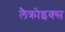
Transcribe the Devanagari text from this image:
लैक्रोइक्स